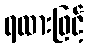
ရထားဖြင့်